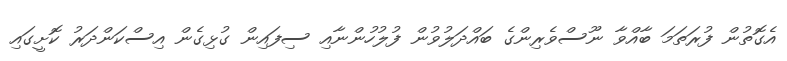
އެގޮތުން ފުރަތަމަ ބާއްވާ ނޫސްވެރިންގެ ބައްދަލުވުން ފުލުހުންނާއި ސިފައިން ގުޅިގެން އިސްކަންދަރު ކޮށީގައި